Scientific memoirs by medical officers of the Army of India - Part III,
Year: 1887
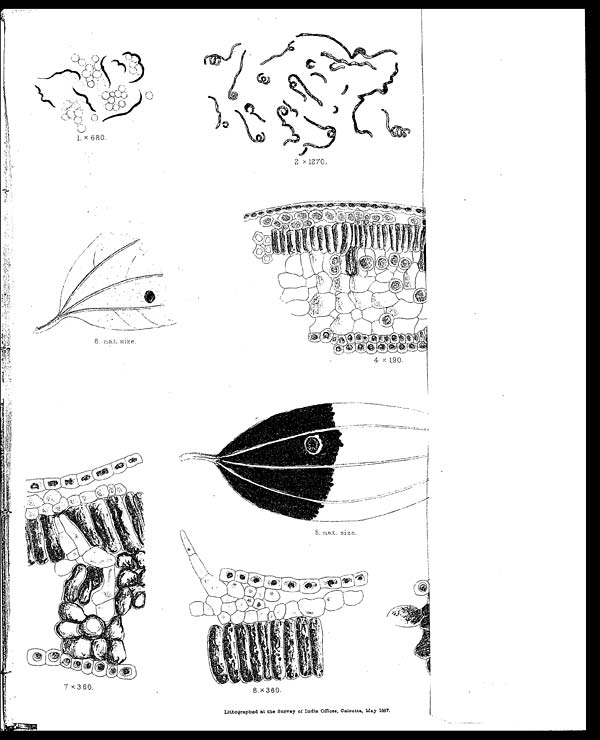
Lithographed at the Survey of India Offices, Calcutta, May 1887.